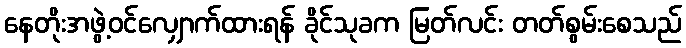
နေတိုးအဖွဲ့ဝင်လျှောက်ထားရန် ခိုင်သုခက မြတ်လင်း တတ်စွမ်းစေသည်